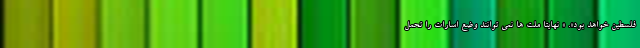
فلسطین خواهد بود». « نهایتا ملت ها نمی توانند وضع اسارات را تحمل